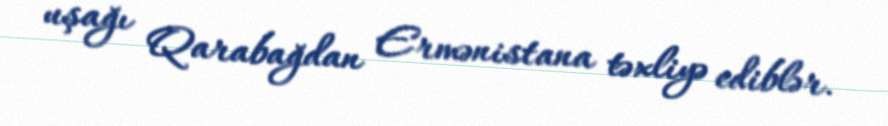
uşağı Qarabağdan Ermənistana təxliyə ediblər.